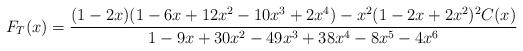
LaTeX: \begin{align*}F_T(x)=\frac{(1 - 2 x) (1 - 6 x + 12 x^2 - 10 x^3 + 2 x^4) -x^2 (1 - 2 x + 2 x^2)^2 C(x)}{1 - 9 x + 30 x^2 - 49 x^3 + 38 x^4 - 8 x^5 - 4 x^6}\end{align*}